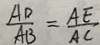
\frac { A D } { A B } = \frac { A E } { A C }